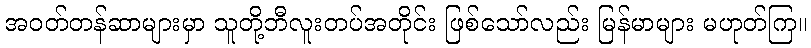
အဝတ်တန်ဆာများမှာ သူတို့ဘီလူးတပ်အတိုင်း ဖြစ်သော်လည်း မြန်မာများ မဟုတ်ကြ။